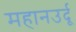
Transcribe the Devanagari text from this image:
महानउर्दू